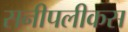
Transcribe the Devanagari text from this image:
सनीपलीकस